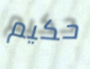
حكيم